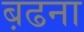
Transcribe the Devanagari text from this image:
ब़ढना